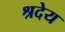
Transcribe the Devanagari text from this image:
श्रदेय